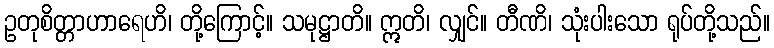
ဥတုစိတ္တာဟာရေဟိ၊ တို့ကြောင့်။ သမုဋ္ဌာတိ။ ဣတိ၊ လျှင်။ တီဏိ၊ သုံးပါးသော ရုပ်တို့သည်။